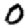
Digit: 0